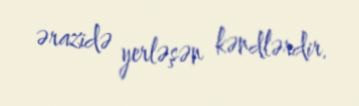
ərazidə yerləşən kəndlərdir.